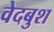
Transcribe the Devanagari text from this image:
वेदबुश